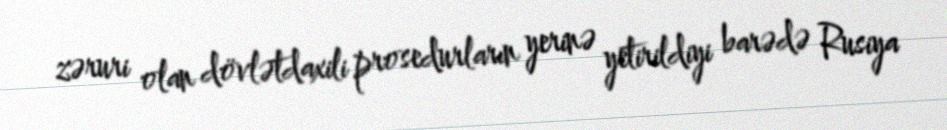
zəruri olan dövlətdaxili prosedurların yerinə yetirildiyi barədə Rusiya